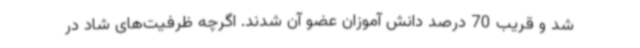
شد و قریب 70 درصد دانش آموزان عضو آن شدند. اگرچه ظرفیت‌های شاد در